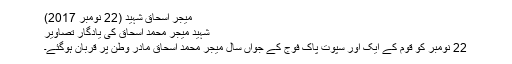
میجر اسحاق شہید (22 نومبر 2017)
شہید میجر محمد اسحاق کی یادگار تصاویر
22 نومبر کو قوم کے ایک اور سپوت پاک فوج کے جواں سال میجر محمد اسحاق مادر وطن پر قربان ہوگئے۔